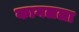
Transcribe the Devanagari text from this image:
कागलला